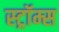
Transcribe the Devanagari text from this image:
स्ट्रॉम्स